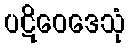
ပဋိဝေဒေသုံ